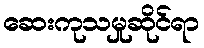
ဆေးကုသမှုဆိုင်ရာ